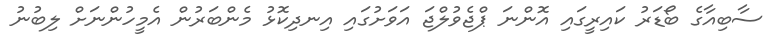
ސާބިއާގެ ބޯޑަރު ކައިރީގައި އޮންނަ ޕްޖެވުލްޖަ އަވަށުގައި އިނދިކޮޅު މެންބަރުން އެމީހުންނަށް ލިބުނު